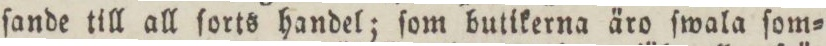
ſande till all ſorts handel; ſom butikerna äro ſwala ſom=